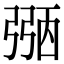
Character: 𢐀